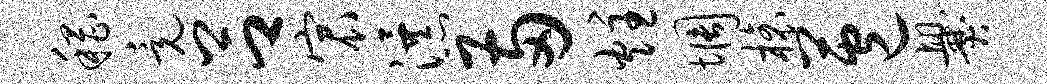
稽竟吕宸瀑两炷惆榱苞爨